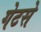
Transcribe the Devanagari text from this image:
गेटसे